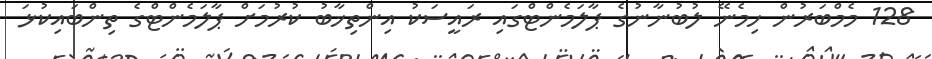
128 މެމްބަރުން ހިމެނޭ ލުބުނާނުގެ ޕާލަމެންޓްގައި ރައީސަކު އިންތިޚާބު ކުރުމަށް ޕާލަމެންޓްގެ ތިންބައިކުޅަ